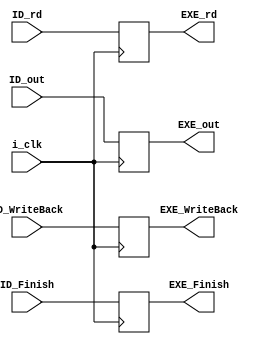
module EXE_buffer #(
    parameter DATA_W = 64
) (
    input i_clk,
    input ID_Finish,
    input ID_WriteBack,
    input [DATA_W-1:0] ID_out,
    input [4:0] ID_rd,
    output EXE_Finish,
    output EXE_WriteBack,
    output [DATA_W-1:0] EXE_out,
    output [4:0] EXE_rd
);

reg EXE_Finish_w, EXE_Finish_r; 
reg EXE_WriteBack_w;
reg EXE_WriteBack_r;
reg [DATA_W-1:0] EXE_out_w;
reg [DATA_W-1:0] EXE_out_r;
reg [4:0] EXE_rd_w;
reg [4:0] EXE_rd_r;

assign EXE_Finish = EXE_Finish_r;
assign EXE_WriteBack = EXE_WriteBack_r;
assign EXE_out = EXE_out_r;
assign EXE_rd = EXE_rd_r;

always @(*) begin
    EXE_Finish_w    = ID_Finish;
    EXE_WriteBack_w = ID_WriteBack;
    EXE_out_w       = ID_out;
    EXE_rd_w        = ID_rd;
end

always @(posedge i_clk) begin
    EXE_Finish_r = EXE_Finish_w;
    EXE_WriteBack_r = EXE_WriteBack_w;
    EXE_out_r       = EXE_out_w;
    EXE_rd_r        = EXE_rd_w;
end

    
endmodule